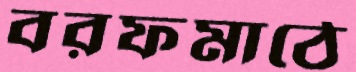
বরফমাঠে